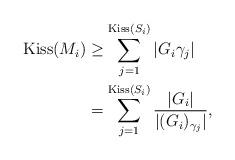
LaTeX: \begin{align*}\mathrm{Kiss}(M_i)&\geq \sum_{j=1}^{\mathrm{Kiss}(S_i)}|G_i\gamma_j|\\&=\sum_{j=1}^{\mathrm{Kiss}(S_i)} \dfrac{|G_i|}{|(G_i)_{\gamma_j}|},\end{align*}